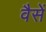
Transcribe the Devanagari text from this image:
वैसें